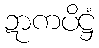
ဍာကပိဋ္ဌံ